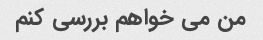
من می خواهم بررسی کنم